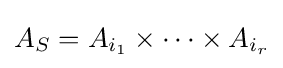
A_{S}=A_{i_{1}}\times \cdots \times A_{i_{r}}